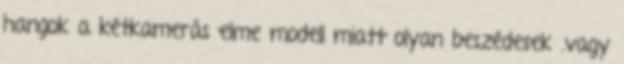
hangok a kétkamerás elme modell miatt olyan beszédesek .vagy